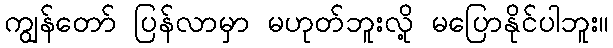
ကျွန်တော် ပြန်လာမှာ မဟုတ်ဘူးလို့ မပြောနိုင်ပါဘူး။